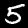
Label: 5